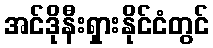
အင်ဒိုနီးရှားနိုင်ငံတွင်